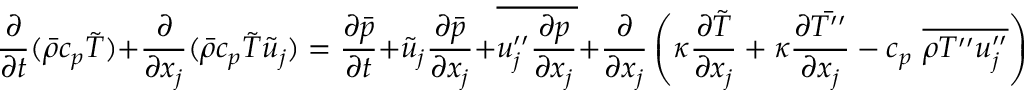
\frac { \partial } { \partial t } ( \Bar { \rho } c _ { p } \Tilde { T } ) + \frac { \partial } { \partial x _ { j } } ( \Bar { \rho } c _ { p } \Tilde { T } \Tilde { u } _ { j } ) = \frac { \partial \Bar { p } } { \partial t } + \Tilde { u } _ { j } \frac { \partial \Bar { p } } { \partial x _ { j } } + \overline { { u _ { j } ^ { \prime \prime } \frac { \partial p } { \partial x _ { j } } } } + \frac { \partial } { \partial x _ { j } } \left( \kappa \frac { \partial \Tilde { T } } { \partial x _ { j } } + \kappa \frac { \partial \Bar { T ^ { \prime \prime } } } { \partial x _ { j } } - c _ { p } ~ \overline { { \rho T ^ { \prime \prime } u _ { j } ^ { \prime \prime } } } \right) + \Bar { \Phi } ,